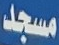
مسجد